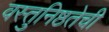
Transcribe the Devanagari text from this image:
वस्तुनिष्ठतेची